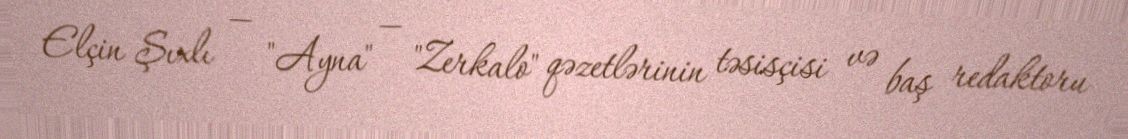
Elçin Şıxlı — "Ayna" — "Zerkalo" qəzetlərinin təsisçisi və baş redaktoru